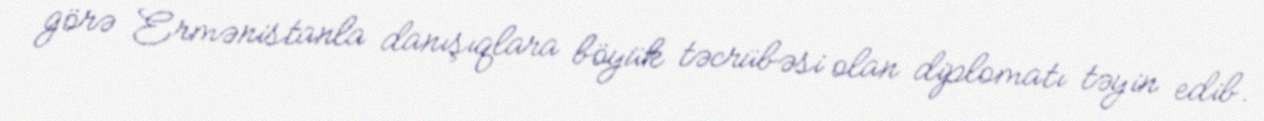
görə Ermənistanla danışıqlara böyük təcrübəsi olan diplomatı təyin edib.